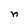
Character: n